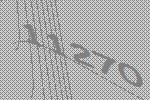
11270